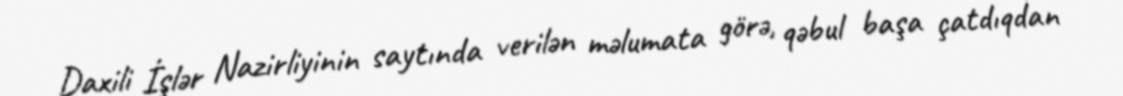
Daxili İşlər Nazirliyinin saytında verilən məlumata görə, qəbul başa çatdıqdan